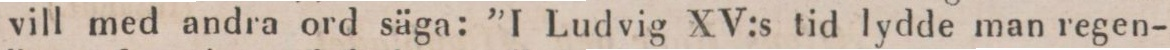
vill med andra ord säga: ”I Ludvig XV:s tid lydde man regen-